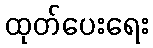
ထုတ်ပေးရေး